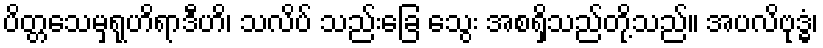
ပိတ္တသေမှရုဟိရာဒီဟိ၊ သလိပ် သည်းခြေ သွေး အစရှိသည်တို့သည်။ အပလိဗုဒ္ဓံ၊